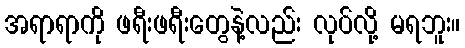
အရာရာကို ဖရီးဖရီးတွေနဲ့လည်း လုပ်လို့ မရဘူး။